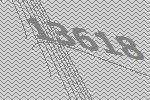
13618